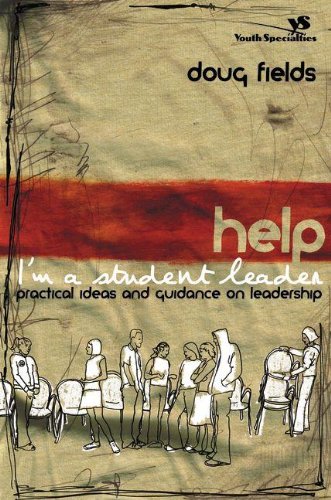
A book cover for Help! I'm a Student Leader: Practical Ideas and Guidance on Leadership (Youth Specialties); Doug Fields; Christian Books & Bibles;